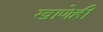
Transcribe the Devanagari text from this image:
खाणेही